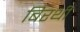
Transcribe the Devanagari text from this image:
बिरथी